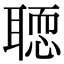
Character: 𦗂